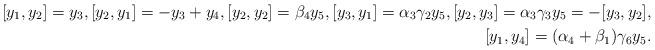
LaTeX: \begin{align*} [y_1, y_2]=y_3, [y_2, y_1]=-y_3+y_4, [y_2, y_2]=\beta_4y_5, [y_3, y_1]=\alpha_3\gamma_2y_5, [y_2, y_3]=\alpha_3\gamma_3y_5=-[y_3, y_2], \\ [y_1, y_4]=(\alpha_4+\beta_1)\gamma_6y_5.\end{align*}